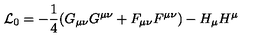
{ \cal L } _ { 0 } = - \frac 1 4 ( G _ { \mu \nu } G ^ { \mu \nu } + F _ { \mu \nu } F ^ { \mu \nu } ) - H _ { \mu } H ^ { \mu }